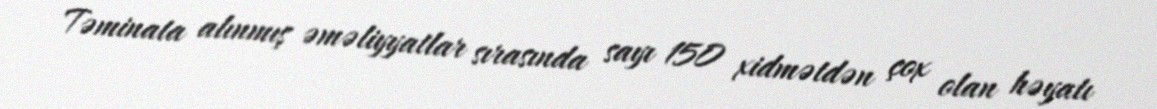
Təminata alınmış əməliyyatlar sırasında sayı 150 xidmətdən çox olan həyatı